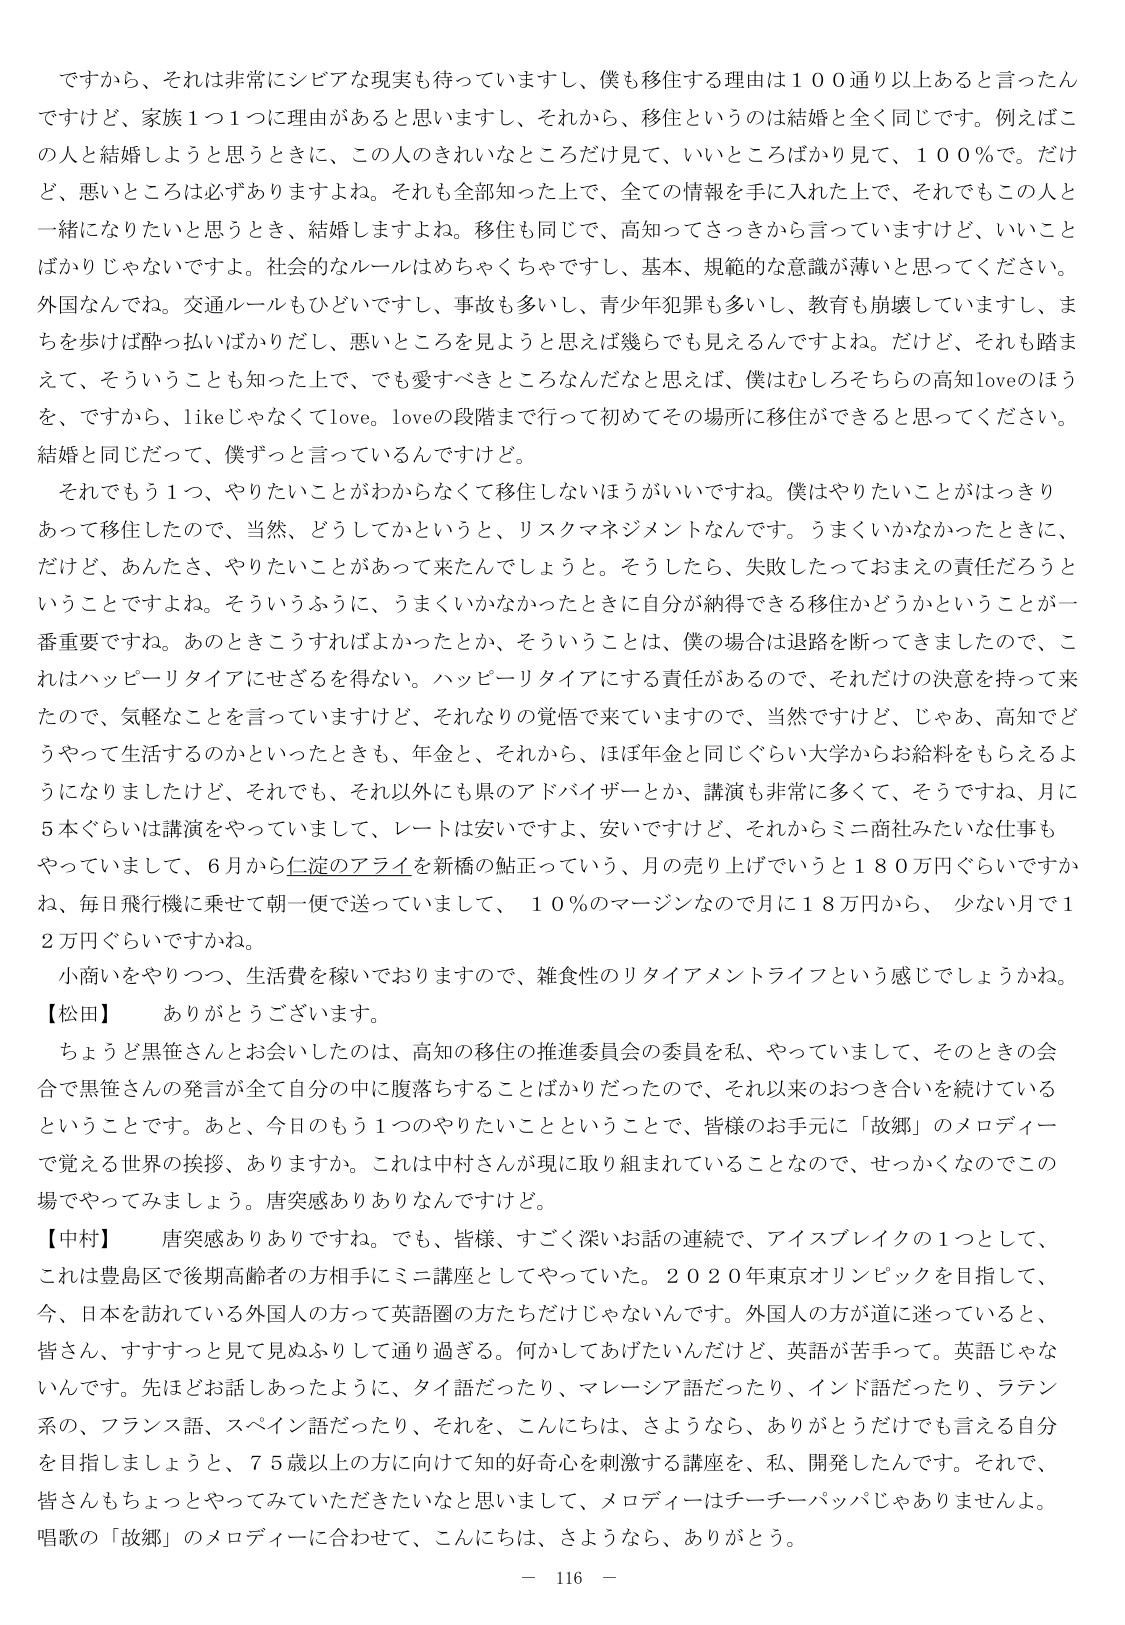
ですから、それは非常にシビアな現実も待っていますし、僕も移住する理由は１００通り以上あると言ったんですけど、家族１つ１つに理由があると思いますし、それから、移住というのは結婚と全く同じです。例えばこの人と結婚しようと思うときに、この人のきれいなところだけ見て、いいところばかり見て、１００％で。だけど、悪いところは必ずありますよね。それも全部知った上で、全ての情報を手に入れた上で、それでもこの人と一緒になりたいと思うとき、結婚しますよね。移住も同じで、高知ってさっきから言っていますけど、いいことばかりじゃないですよ。社会的なルールはめちゃくちゃですし、基本、規範的な意識が薄いと思ってください。外国なんですね。交通ルールもひどいですし、事故も多いし、青少年犯罪も多いし、教育も崩壊していますし、まちを歩けば酔っ払いばかりだし、悪いところを見ようと思えば幾らでも見えるんですよね。だけど、それも踏まえて、そういうことも知った上で、でも愛すべきところなんだなと思えば、僕はむしろそちらの高知loveのほうを、ですから、likeじゃなくてlove。loveの段階まで行って初めてその場所に移住ができると思ってください。結婚と同じだって、僕ずっと言っているんですけど。

それでもう１つ、やりたいことがわからなくて移住しないほうがいいですね。僕はやりたいことがはっきりあって移住したので、当然、どうしてかというと、リスクマネジメントなんです。うまくいかなかったときに、だけど、あんたさ、やりたいことがあって来たんでしょうと。そうしたら、失敗したっておまえの責任だろうということですよね。そういうふうに、うまくいかなかったときに自分が納得できる移住かどうかということが一番重要ですね。あのときこうすればよかったとか、そういうことは、僕の場合は退路を断ってきましたので、これはハッピーリタイアにせざるを得ない。ハッピーリタイアにする責任があるので、それだけの決意を持って来たので、気軽なことを言っていますけど、それなりの覚悟で来ていますので、当然ですけど、じゃあ、高知でどうやって生活するのかといったときも、年金と、それから、ほぼ年金と同じぐらい大学からお給料をもらえるようになりましたけど、それでも、それ以外にも県のアドバイザーとか、講演も非常に多くて、そうですね、月に５本ぐらいは講演をやっていまして、レートは安いですよ、安いですけど、それからミニ商社みたいな仕事もやっていまして、６月から仁淀のアライを新橋の鮎正っていう、月の売り上げでいうと１８０万円ぐらいですかね、毎日飛行機に乗せて朝一便で送っていまして、１０％のマージンなので月に１８万円から、少ない月で１２万円ぐらいですかね。

小商いをやりつつ、生活費を稼いでおりますので、雑食性のリタイアメントライフという感じでしょうかね。

【松田】　ありがとうございます。

ちょうど黒笹さんとお会いしたのは、高知の移住の推進委員会の委員を私、やっていまして、そのときの会合で黒笹さんの発言が全て自分の中に腹落ちすることばかりだったので、それ以来のおつき合いを続けているということです。あと、今日のもう１つのやりたいことということで、皆様のお手元に「故郷」のメロディーで覚える世界の挨拶、ありますか。これは中村さんが現に取り組まれていることなので、せっかくなのでこの場でやってみましょう。唐突感ありありなんですけど。

【中村】　唐突感ありありですね。でも、皆様、すごく深いお話の連続で、アイスブレイクの１つとして、これは豊島区で後期高齢者の方相手にミニ講座としてやっていた。２０２０年東京オリンピックを目指して、今、日本を訪れている外国人の方って英語圏の方たちだけじゃないんです。外国人の方が道に迷っていると、皆さん、すすすっと見て見ぬふりして通り過ぎる。何かしてあげたいんだけど、英語が苦手って。英語じゃないんです。先ほどお話しあったように、タイ語だったり、マレーシア語だったり、インド語だったり、ラテン系の、フランス語、スペイン語だったり、それを、こんにちは、さようなら、ありがとうだけでも言える自分を目指しましょうと、７５歳以上の方に向けて知的好奇心を刺激する講座を、私、開発したんです。それで、皆さんもちょっとやってみていただきたいなと思いまして、メロディーはチーチーパッパじゃありませんよ。唱歌の「故郷」のメロディーに合わせて、こんにちは、さようなら、ありがとう。

－ 116 －